Indian journal of veterinary science and animal husbandry - Volume 1,
Year: 1931
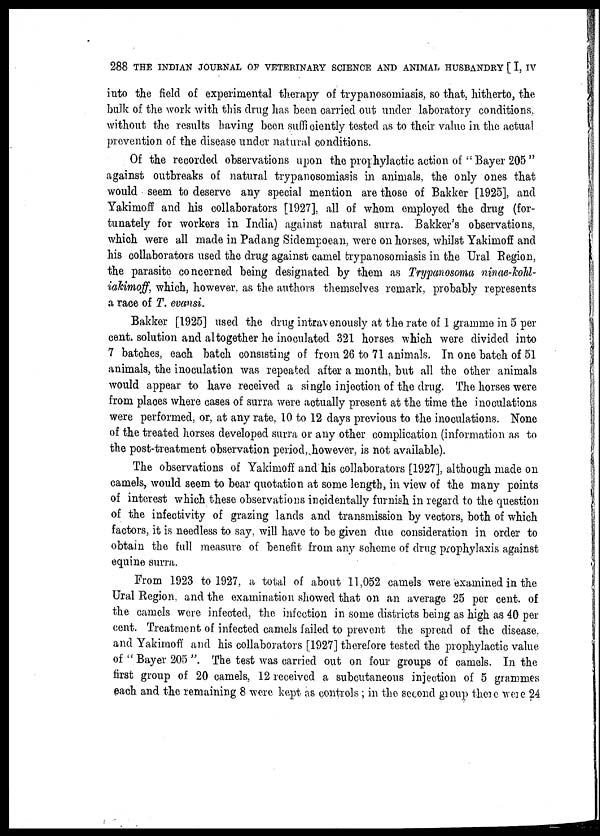
288 THE INDIAN JOURNAL OF VETERINARY SCIENCE AND ANIMAL HUSBANDRY [ I, IV
into the field of experimental therapy of trypanosomiasis, so that, hitherto, the
bulk of the work with this drug has been carried out under laboratory conditions,
without the results having been sufficiently tested as to their value in the actual
prevention of the disease under natural conditions.
Of the recorded observations upon the prophylactic action of " Bayer 205 "
against outbreaks of natural trypanosomiasis in animals, the only ones that
would seem to deserve any special mention are those of Bakker [1925], and
Yakimoff and his collaborators [1927], all of whom employed the drug (for-
tunately for workers in India) against natural surra. Bakker's observations,
which were all made in Padang Sidempoean, were on horses, whilst Yakimoff and
his collaborators used the drug against camel trypanosomiasis in the Ural Region,
the parasite concerned being designated by them as Trypanosoma ninae-kohl-
iakimoff, which, however, as the authors themselves remark, probably represents
a race of T. evansi.
Bakker [1925] used the drug intravenously at the rate of 1 gramme in 5 per
cent. solution and altogether he inoculated 321 horses which were divided into
7 batches, each batch consisting of from 26 to 71 animals. In one batch of 51
animals, the inoculation was repeated after a month, but all the other animals
would appear to have received a single injection of the drug. The horses were
from places where cases of surra were actually present at the time the inoculations
were performed, or, at any rate, 10 to 12 days previous to the inoculations. None
of the treated horses developed surra or any other complication (information as to
the post-treatment observation period, however, is not available).
The observations of Yakimoff and his collaborators [1927], although made on
camels, would seem to bear quotation at some length, in view of the many points
of interest which these observations incidentally furnish in regard to the question
of the infectivity of grazing lands and transmission by vectors, both of which
factors, it is needless to say, will have to be given due consideration in order to
obtain the full measure of benefit from any scheme of drug prophylaxis against
equine surra.
From 1923 to 1927, a total of about 11,052 camels were examined in the
Ural Region, and the examination showed that on an average 25 per cent. of
the camels were infected, the infection in some districts being as high as 40 per
cent. Treatment of infected camels failed to prevent the spread of the disease,
and Yakimoff and his collaborators [1927] therefore tested the prophylactic value
of " Bayer 205 ". The test was carried out on four groups of camels. In the
first group of 20 camels, 12 received a subcutaneous injection of 5 grammes
each and the remaining 8 were kept as controls ; in the second group there were 24